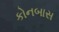
કોનબાસ